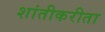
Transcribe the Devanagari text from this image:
शांतीकरीता